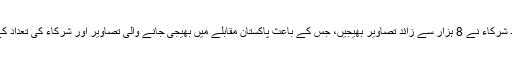
پاکستان سے 12 ہزار سے زائد شرکاء نے 8 ہزار سے زائد تصاویر بھیجیں، جس کے باعث پاکستان مقابلے میں بھیجی جانے والی تصاویر اور شرکاء کی تعداد کے لحاظ سے تیسرا ملک بن گیا۔